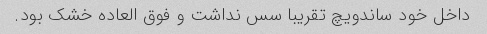
داخل خود ساندویچ تقریبا سس نداشت و فوق العاده خشک بود.